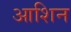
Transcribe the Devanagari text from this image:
आशिन